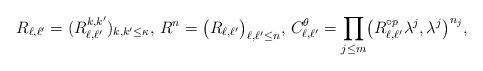
LaTeX: \begin{align*}R_{\ell,\ell'} = (R_{\ell,\ell'}^{k,k'})_{k,k'\leq \kappa},\,R^n = \bigl(R_{\ell, \ell'}\bigr)_{\ell,\ell'\leq n},\,C^\theta_{\ell,\ell'} =\prod_{j\leq m} \bigl( R_{\ell,\ell'}^{\circ p} \lambda^j,\lambda^j \bigr)^{n_j},\end{align*}